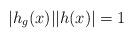
LaTeX: \begin{align*}|h_g(x)||h(x)|=1\end{align*}